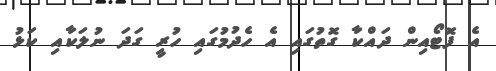
އެ ފޮޓޯއިން ދައްކާ ގޮތުގައި އެ ހެދުމުގައި ހުރީ ގަދަ ނުލަކާއި ކަޅު